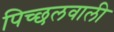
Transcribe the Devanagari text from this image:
पिच्छलवाली